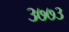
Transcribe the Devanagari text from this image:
३७७३